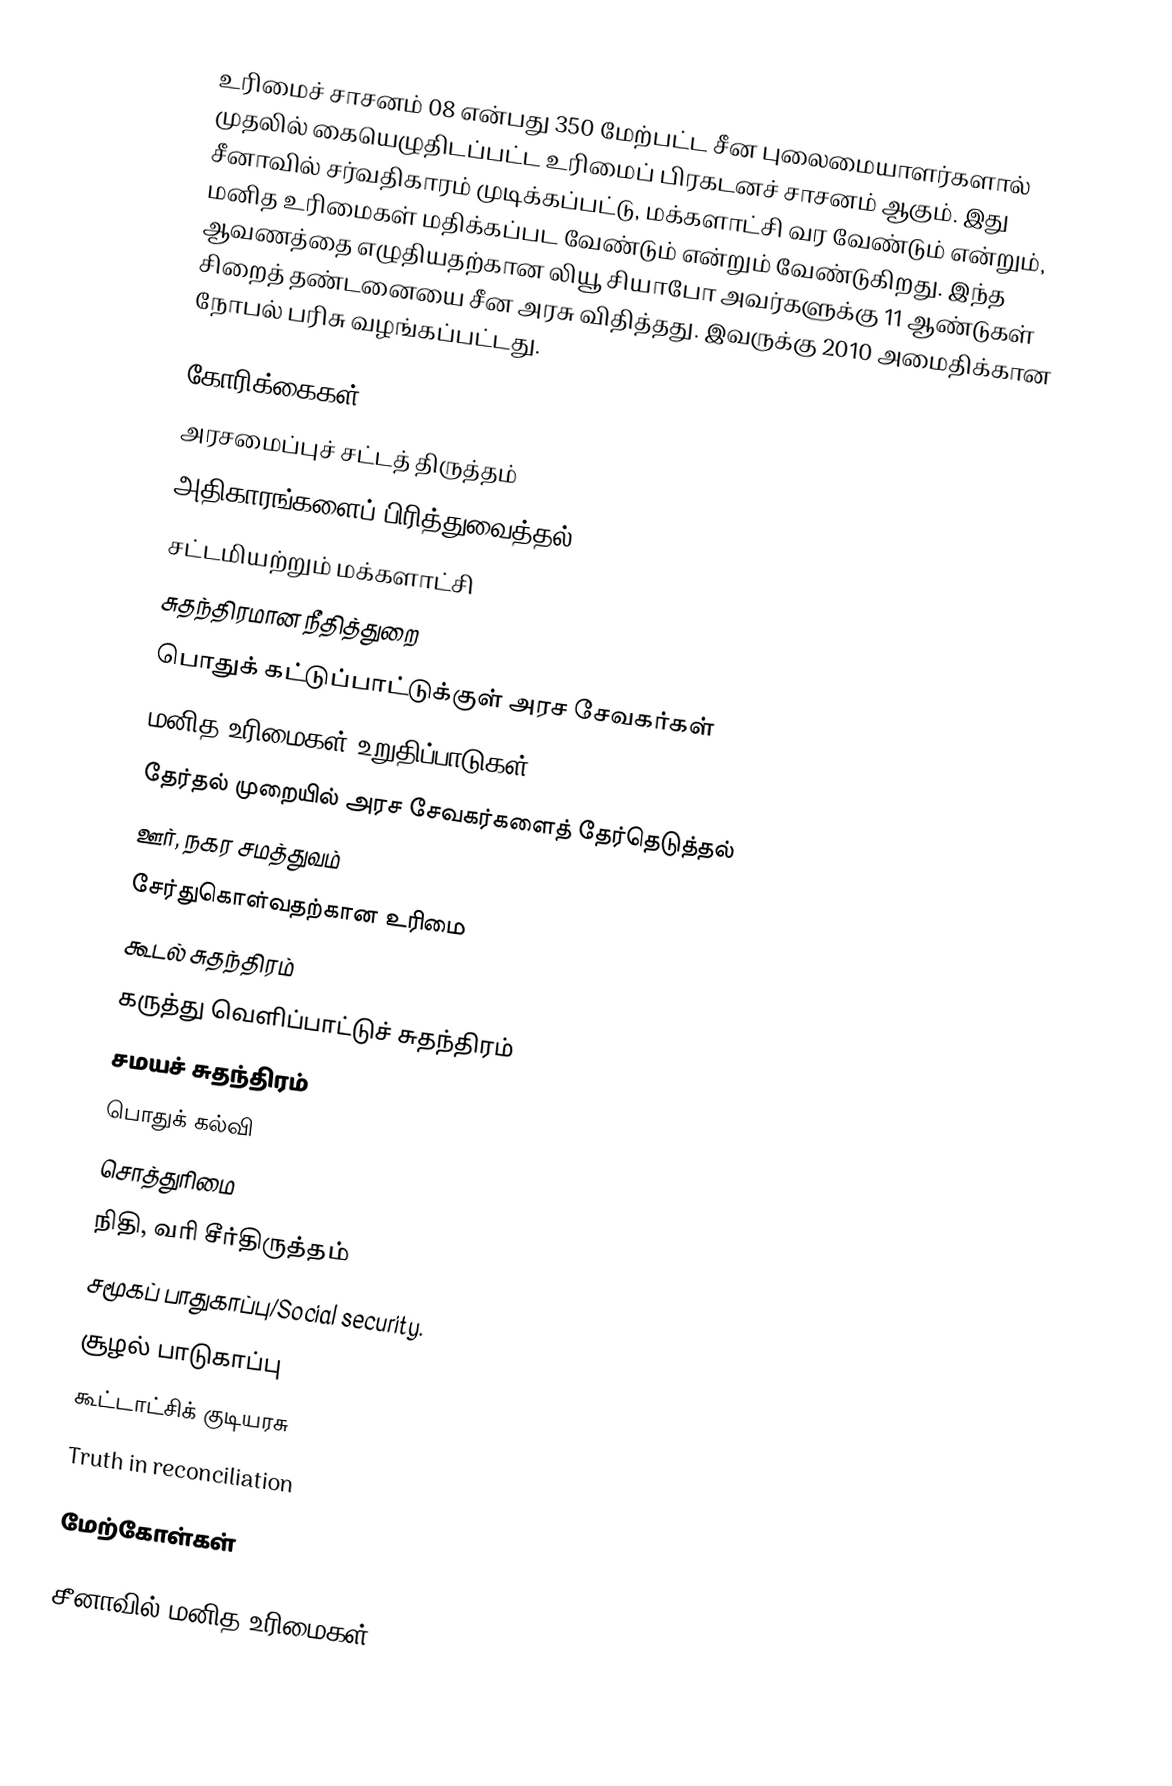
உரிமைச் சாசனம் 08 என்பது 350 மேற்பட்ட சீன புலைமையாளர்களால் முதலில் கையெழுதிடப்பட்ட உரிமைப் பிரகடனச் சாசனம் ஆகும்.  இது சீனாவில் சர்வதிகாரம் முடிக்கப்பட்டு, மக்களாட்சி வர வேண்டும் என்றும், மனித உரிமைகள் மதிக்கப்பட வேண்டும் என்றும் வேண்டுகிறது.  இந்த ஆவணத்தை எழுதியதற்கான லியூ சியாபோ அவர்களுக்கு 11 ஆண்டுகள் சிறைத் தண்டனையை சீன அரசு விதித்தது.  இவருக்கு 2010 அமைதிக்கான நோபல் பரிசு வழங்கப்பட்டது.

கோரிக்கைகள்
 அரசமைப்புச் சட்டத் திருத்தம்
 அதிகாரங்களைப் பிரித்துவைத்தல்
 சட்டமியற்றும் மக்களாட்சி
 சுதந்திரமான நீதித்துறை
 பொதுக் கட்டுப்பாட்டுக்குள் அரச சேவகர்கள்
 மனித உரிமைகள் உறுதிப்பாடுகள்
 தேர்தல் முறையில் அரச சேவகர்களைத் தேர்தெடுத்தல்
 ஊர், நகர சமத்துவம்
 சேர்துகொள்வதற்கான உரிமை
 கூடல் சுதந்திரம்
 கருத்து வெளிப்பாட்டுச் சுதந்திரம்
 சமயச் சுதந்திரம்
 பொதுக் கல்வி
 சொத்துரிமை
 நிதி, வரி சீர்திருத்தம்
 சமூகப் பாதுகாப்பு/Social security.
 சூழல் பாடுகாப்பு
 கூட்டாட்சிக் குடியரசு
 Truth in reconciliation

மேற்கோள்கள்

சீனாவில் மனித உரிமைகள்